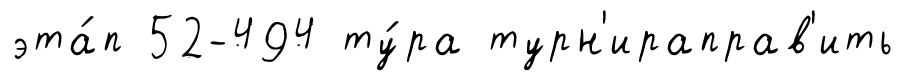
эта́п 52-494 ту́ра турн'ираправ'ить